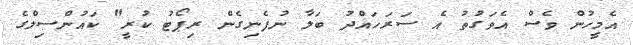
އެމީހުން ވެސް އެވަގުތު އެ ސަރަހައްދު ބަލާ ނުފެނިގެން ރިޕޯޓު ކުރީ" ކައުންސިލްގެ